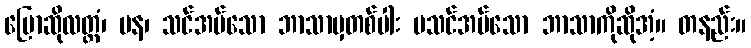
ပြောဆိုလတ္တံ၊ ပန၊ သင်အပ်သော ဘာသာမှတစ်ပါး မသင်အပ်သော ဘာသာကိုဆိုအံ့။ တနည်း။